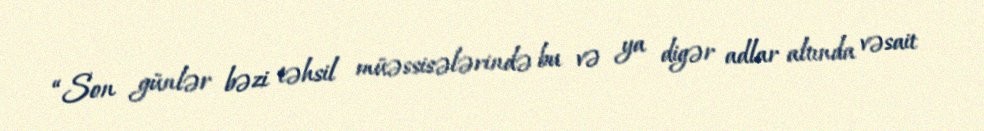
“Son günlər bəzi təhsil müəssisələrində bu və ya digər adlar altında vəsait